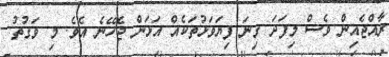
ރާއްޖެއިން ވެސް މިފަދަ ގިނަ ފިޔަވަޅުތަކެއް އަޅަން ޖެހޭނެ އެވެ. މި ވަގުތު